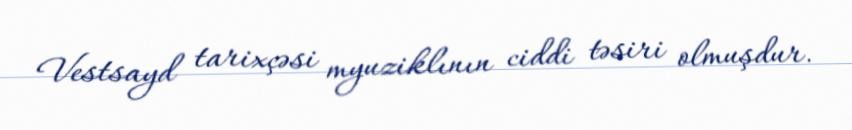
Vestsayd tarixçəsi myuziklının ciddi təsiri olmuşdur.